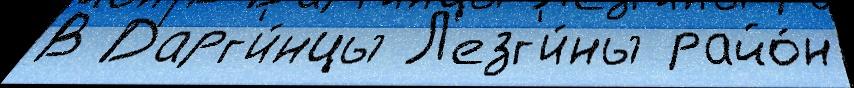
В Дарг'и́нцы Л'езг'и́ны райо́н